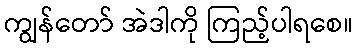
ကျွန်တော် အဲဒါကို ကြည့်ပါရစေ။